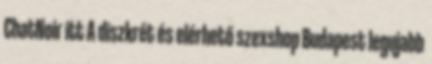
ChatNoir itt A diszkrét és elérhető szexshop Budapest legujabb